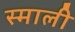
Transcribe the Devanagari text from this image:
स्माली